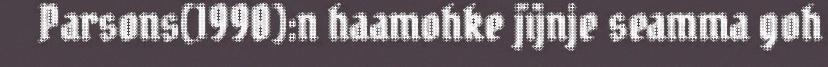
Parsons(1990):n haamohke jïjnje seamma goh